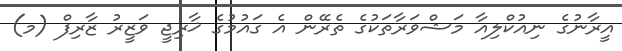
އީރާނުގެ ނިއުކްލިއާ މަޝްވަރާތަކުގެ ތެރޭން އެ ގައުމުގެ ޚާރިޖީ ވަޒީރު ޒާރިފް (މ)